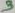
Text: 3